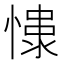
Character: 𢠮